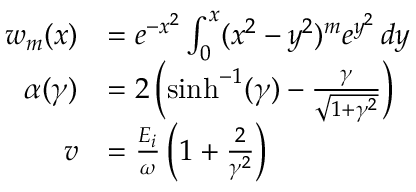
{ \begin{array} { r l } { w _ { m } ( x ) } & { = e ^ { - x ^ { 2 } } \int _ { 0 } ^ { x } ( x ^ { 2 } - y ^ { 2 } ) ^ { m } e ^ { y ^ { 2 } } \, d y } \\ { \alpha ( \gamma ) } & { = 2 \left( \sinh ^ { - 1 } ( \gamma ) - { \frac { \gamma } { \sqrt { 1 + \gamma ^ { 2 } } } } \right) } \\ { v } & { = { \frac { E _ { i } } { \omega } } \left( 1 + { \frac { 2 } { \gamma ^ { 2 } } } \right) } \end{array} }